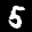
Label: 5